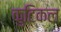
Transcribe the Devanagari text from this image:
कुटिकल